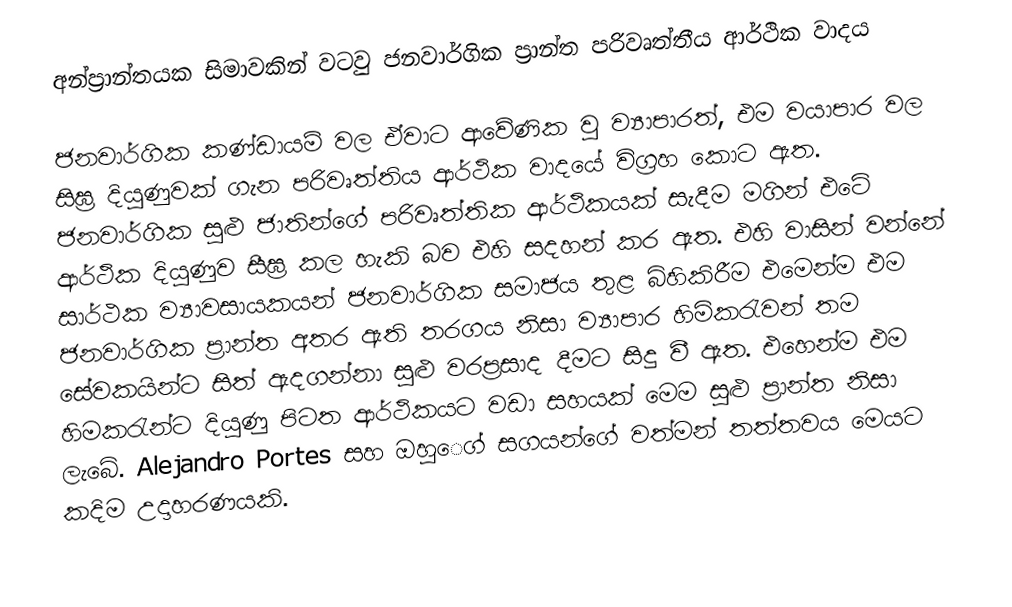
අන්ප්‍රාන්තයක සිමාවකින් වටවු ජනවාර්ගික ප්‍රාන්ත පරිවෘත්තීය ආර්ථික වාදය

ජනවාර්ගික කණ්ඩායම් වල ඒවාට ආවේණික වු ව්‍යාපාරත්, එම වයාපාර වල සිඝ්‍ර දියුණුවක් ගැන පරිවෘත්තිය ආර්ථික වාදයේ විග්‍රහ කොට ඇත. ජනවාර්ගික සුළු ජාතින්ගේ පරිවෘත්තික ආර්ථිකයක් සැදීම මගින් එටේ ආර්ථික දියුණුව සීඝ්‍ර කල හැකි බව එහි සදහන් කර ඇත. එහි වාසින් වන්නේ සාර්ථක ව්‍යාවසායකයන් ජනවාර්ගික සමාජය තුළ බිහිකිරීම එමෙන්ම එම ජනවාර්ගික ප්‍රාන්ත අතර ඇති තරගය නිසා ව්‍යාපාර හිමිකරැවන් තම සේවකයින්ට සිත් ඇදගන්නා සුළු වරප්‍රසාද දීමට සිදු වී ඇත. එහෙන්ම එම හිමකරැන්ට දියුණු පිටත ආර්ථිකයට වඩා සහයක් මෙම සුළු ප්‍රාන්ත නිසා ලැබේ. Alejandro Portes සහ ඔහු‍ෙග් සගයන්ගේ වත්මන් තත්තවය මෙයට කදිම උදාහරණයකි.